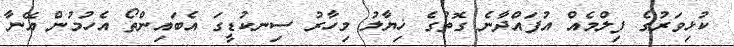
ކުޅިވަރުގެ ފިލްމެއް އުފައްދާނެ ގޮތުގެ ޚިޔާލު މިހާރު ސިނކުޑީގަ އެބައިންތޯ އެހުމުން އޭނާ